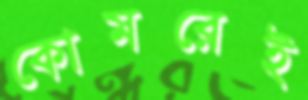
কোমরেই